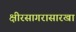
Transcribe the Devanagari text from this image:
क्षीरसागरासारखा